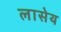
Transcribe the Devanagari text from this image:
लासेय